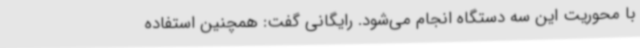
با محوریت این سه دستگاه انجام می‌شود. رایگانی گفت: همچنین استفاده